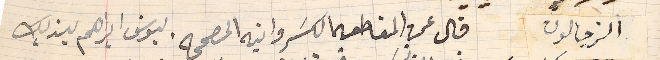
الزجالون قال عن المقاطعه الكسَرواتيه المصححه. ليوسف ابراهيم يزبك